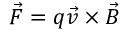
{ \vec { F } } = q { \vec { v } } \times { \vec { B } }